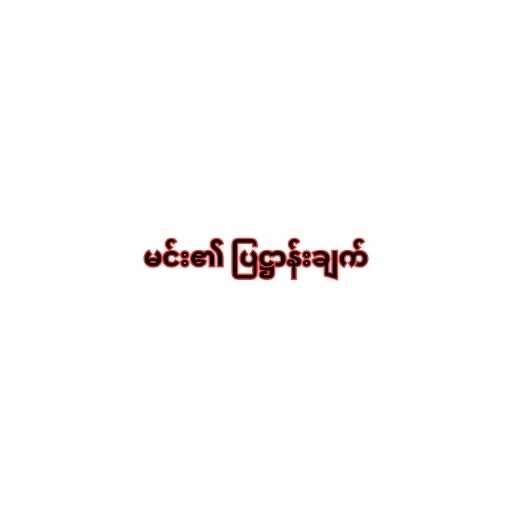
မင်း၏ ပြဋ္ဌာန်းချက်